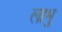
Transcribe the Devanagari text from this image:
लाभु